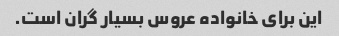
این برای خانواده عروس بسیار گران است.